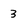
Character: 3